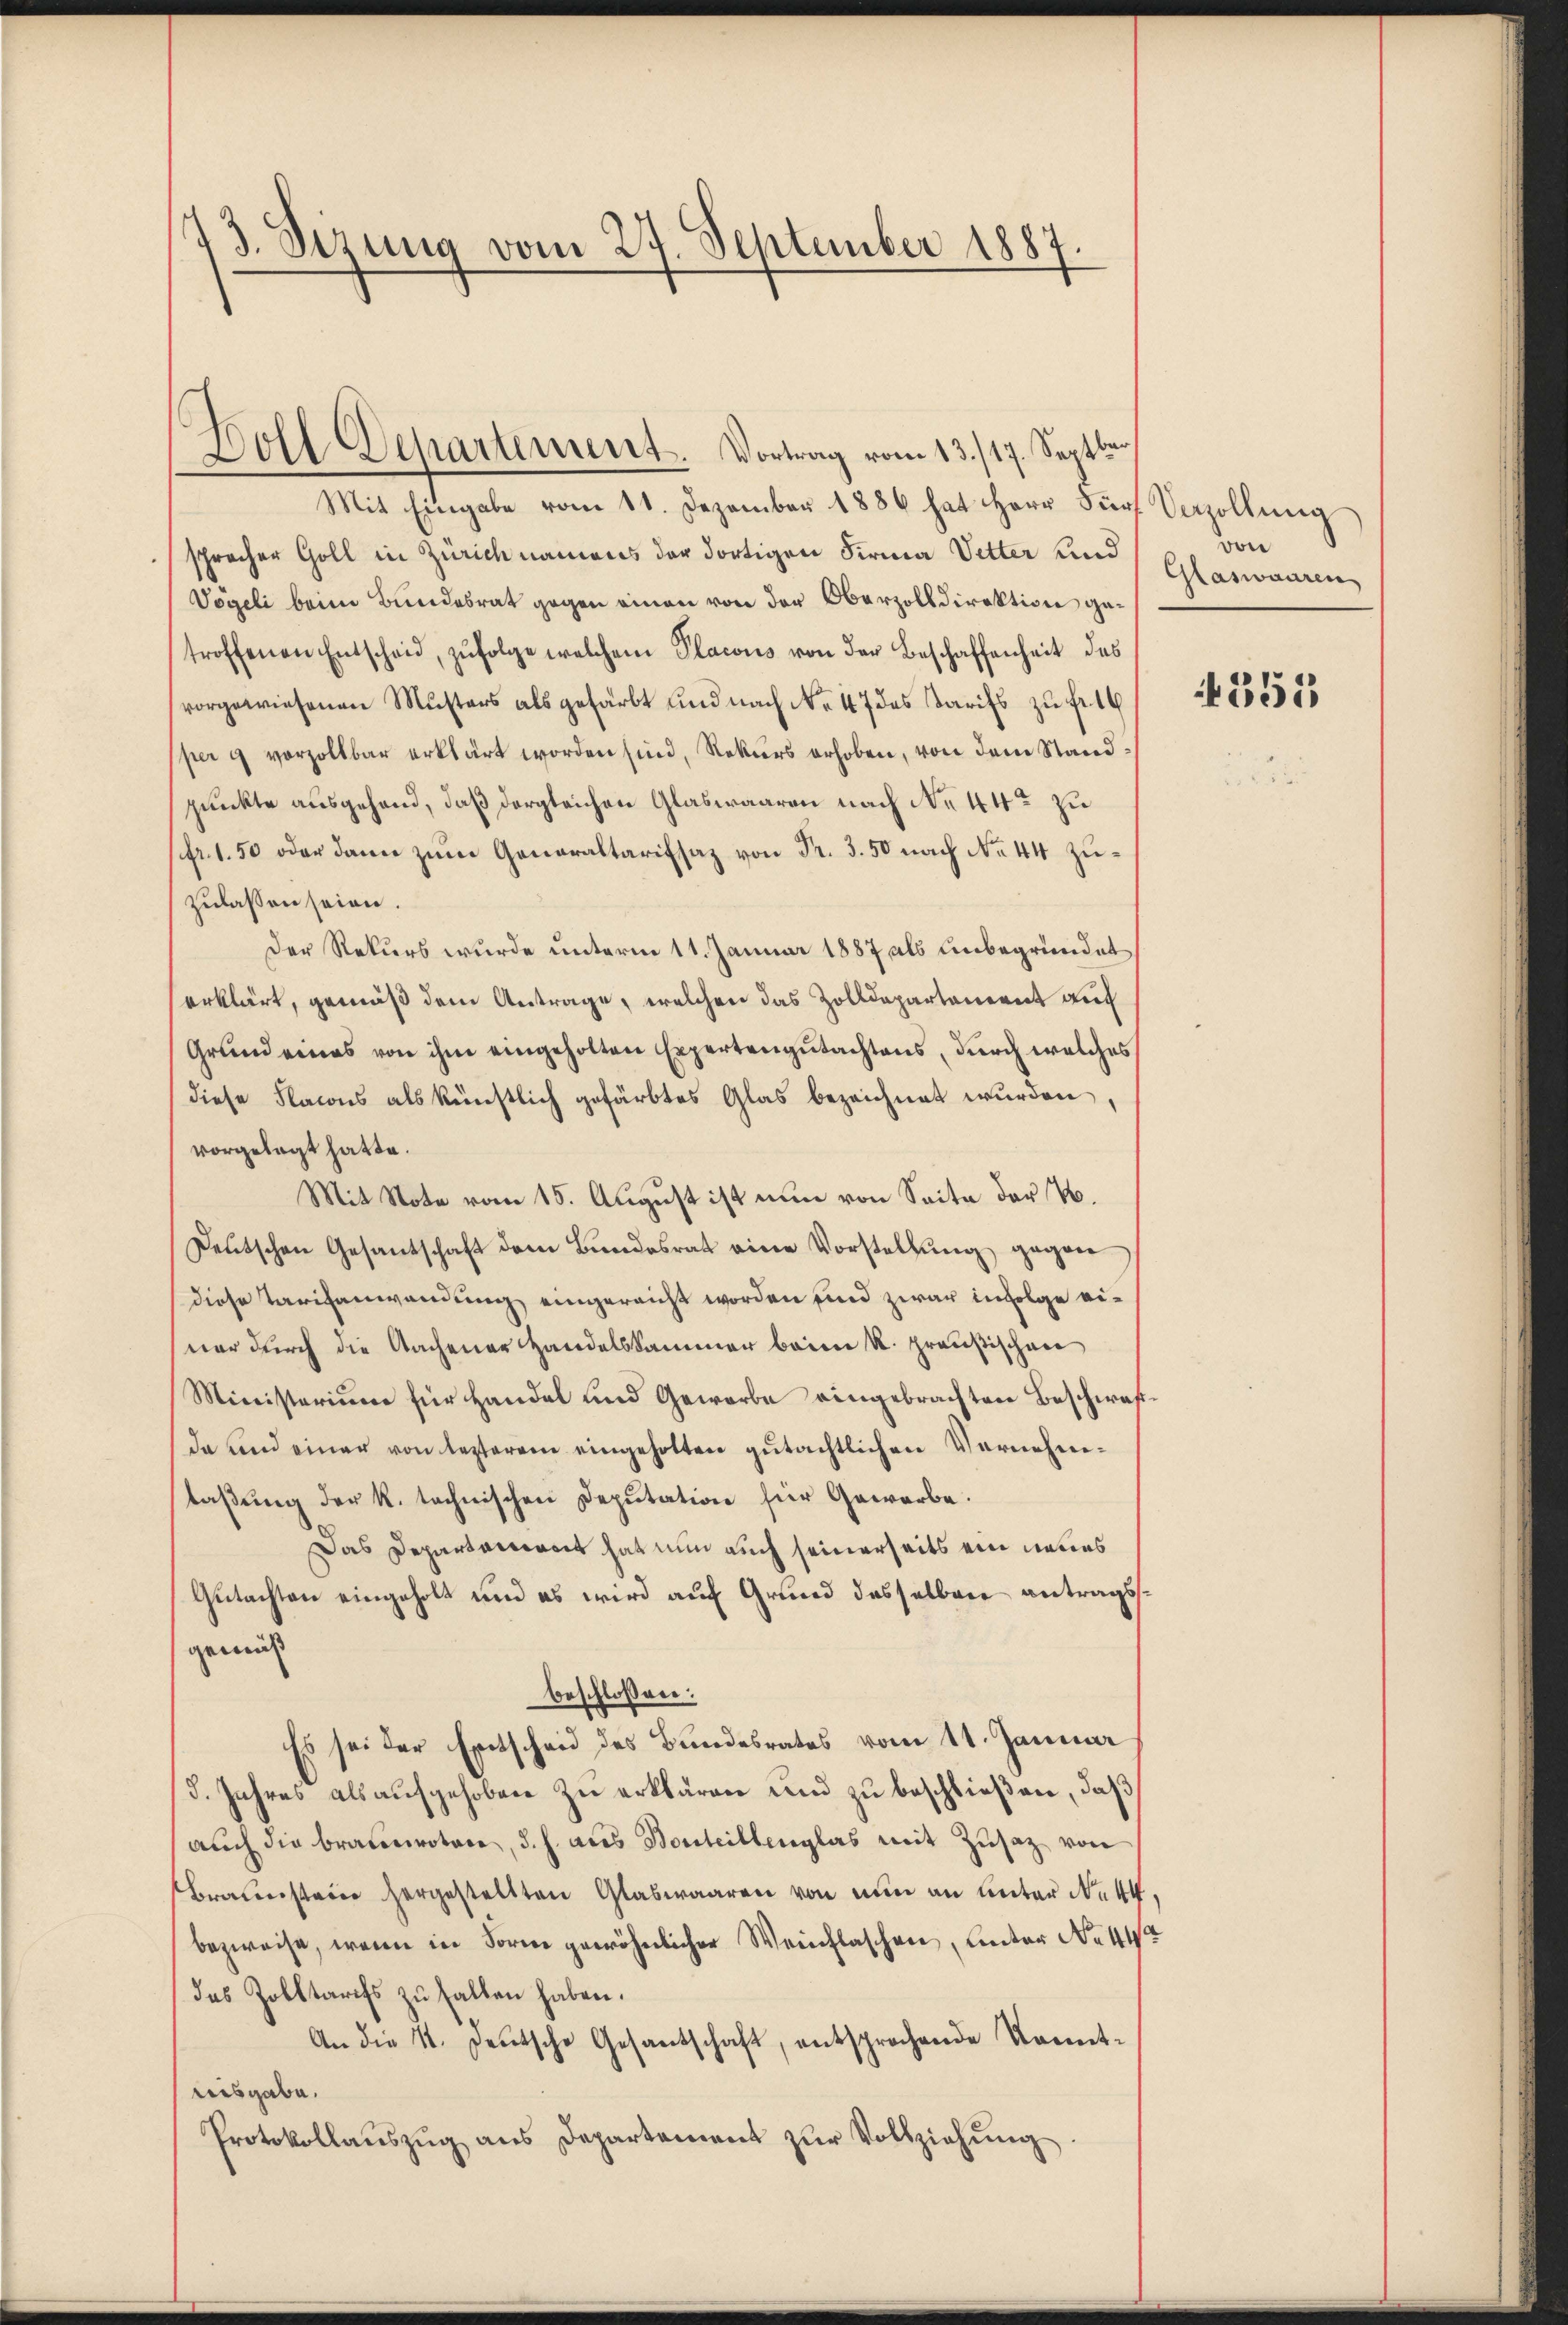
73. Sizung vom 27. September 1887

Doll Departement. Vortrag vom 13./17. Septbr

Mit Eingabe vom 11. Dezember 1886 hat Herr Für Socollung
spracher Goll in Zürich namens der dortigen Firma Vetter und
Vögeli beim Bundesrat gegen einen von der Oberzolldirektion getroffenen Entscheid, zŭfolge welchem Placous von der Beschaffenheit des
vorgewiesenen Musters als gefärbt und nach No 47 des Tarifs zu fr
pe 9 vorzollbar erklärt worden sind, Rekurs erhoben, von dem Standpunkte ausgehend, daß dergleichen Glaswaaren nach No 44 zu
fr. 1.50 oder dann zum Generaltarifsaz von Fr. 3. 50 nach No 44 Zuzulassen seien.
Der Rekurs wurde unterm 11. Januar 1887 als unbegründet
erklärt, gemäß dem Antrage, welchen das Zolldepartement auf
Grund eines von ihm eingeholten Expertengutachtens, durch welches
diese Flaions als künstlich gefärbtes Glas bezeichnet wurden,
vorgelegt hatte.
Mit Note vom 15. August ist nun von Seite der V.
Deutschen Gesantschaft dem Bundesrat eine Vorstellung gegen
diese Tarifanwendung eingereicht worden sind zwar in Folge einer durch die Aachener Handelskammer beim k. preußischen
Ministerium für Handel und Geworbe eingebrachten Beschwaf
da und einer von lezterem eingeholten gutächtlichen Vernehmtaßung der K. technischen Deputation für Gewerbe.
Das Departarieret hat nun auch seinerseits ein neues
Gutachten eingeholt und es wird auf Grund desselben antragsgemäß
beschlossen:
Es sei der Entscheid des Bundesrates vom 11. Januar
5. Jahres als aufgehoben zu erklären und zu beschließen, daß
(auch die braunrotare, d. h. aus Sonteiltenglas mit Zusatz von
Braunsteier hergestellten Glaswaaren von nun an unter No 44
bezweife, wenn in Form gewöhnlicher Weinflaschen, unter No 44
das Zolltaris zŭ fallen haben.
An die 4. Deutsche Gesantschaft, entsprochende Komet-
reisgabe.
Protokollaŭszŭg ans Departement zŭr Vollziehŭng

von
Glaswaaren

4355